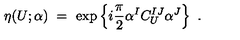
\eta ( U ; \alpha ) \ = \ \exp \left\{ i \frac { \pi } { 2 } \alpha ^ { I } C _ { U } ^ { I J } \alpha ^ { J } \right\} \ .